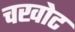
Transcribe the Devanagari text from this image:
चखोट